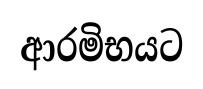
ආරමිභයට